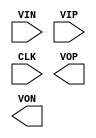
// dcdcInst: AUX CELL DCDC_COMP
(* keep *)
(* keep_hierarchy *)
(* blackbox *) module DCDC_COMP(
  input VIN,
  input VIP,
  input CLK,
  output VOP,
  output VON
);
parameter dont_touch = "on";
endmodule

/* // 2:1 stage: PMOS SWITCH
(* keep *)
(* keep_hierarchy *)
(* blackbox *) module DCDC_XSW_PMOS(
  input clkb,
  input clk,
  inout vIN,
  inout vOUT0,
  inout vOUT1
);
parameter dont_touch = "on";
endmodule */

/* // 2:1 stage: NMOS SWITCH
(* keep *)
(* keep_hierarchy *)
(* blackbox *) module DCDC_XSW_NMOS(
  input clkb,
  input clk,
  inout vIN,
  inout vOUT0,
  inout vOUT1
);
parameter dont_touch = "on";
endmodule */

// 2:1 stage: unit cap
(* keep *)
(* keep_hierarchy *)
(* blackbox *) module DCDC_CAP_UNIT(
  inout TOP,
  inout BOT
);
parameter dont_touch = "on";
endmodule

// power mux: DCDC_MUX
(* keep *)
(* keep_hierarchy *)
(* blackbox *) module DCDC_MUX(
  input SEL_H,
  input SEL_INV_H,
  input SEL_L,
  input SEL_INV_L,
  input VIN,
  output VOUT_H,
  output VOUT_L
);
parameter dont_touch = "on";
endmodule

// power mux: DCDC_MUX
(* keep *)
(* keep_hierarchy *)
(* blackbox *) module DCDC_CONV2TO1 (
    inout    VHIGH,
    inout    VLOW,
    inout    VMID,
    inout    Y1_TOP,
    inout    Y0_TOP,
    inout    Y1_BOT,
    inout    Y0_BOT,

    input    CLK0,
    input    CLK0B,
    input    CLK1,
    input    CLK1B
);
parameter dont_touch = "on";
endmodule